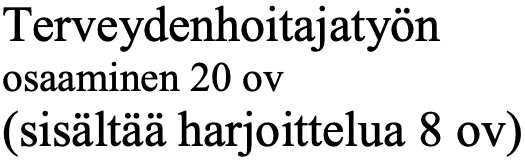
Terveydenhoitajatyön osaaminen 20 ov (sisältää harjoittelua 8 ov)